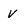
Character: v